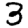
Digit: 3